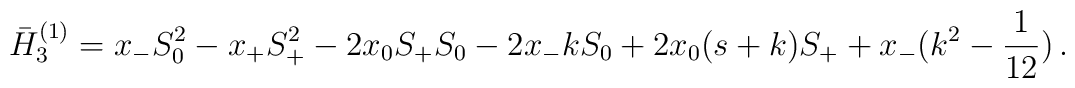
\bar H_{3}^{(1)}=x_{-}S_{0}^{2}-x_{+}S_{+}^{2}-2x_0 S_{+}S_0-2x_{-}kS_0 +2x_0(s+k)S_{+}+x_{-}(k^2 -\frac{1}{12})\,.